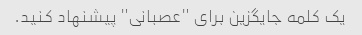
یک کلمه جایگزین برای "عصبانی" پیشنهاد کنید.